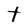
Character: t